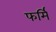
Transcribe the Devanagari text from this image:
फर्मि